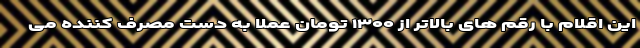
این اقلام با رقم های بالاتر از ۱۳۰۰ تومان عملا به دست مصرف کننده می